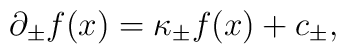
\partial _{\pm }f(x)=\kappa _{\pm }f(x)+c_{\pm },